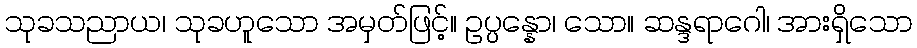
သုခသညာယ၊ သုခဟူသော အမှတ်ဖြင့်။ ဥပ္ပန္နော၊ သော။ ဆန္ဒရာဂေါ၊ အားရှိသော